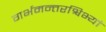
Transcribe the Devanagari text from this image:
गर्भमन्तरश्विभ्यां